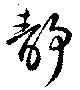
静